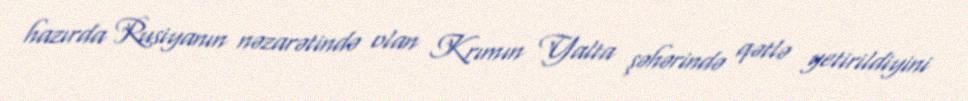
hazırda Rusiyanın nəzarətində olan Krımın Yalta şəhərində qətlə yetirildiyini